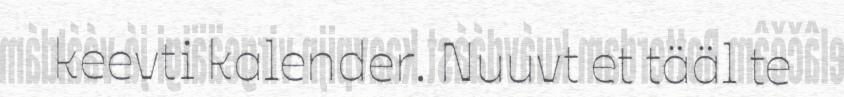
keevti kalender. Nuuvt et tääl te